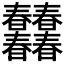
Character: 𣌠